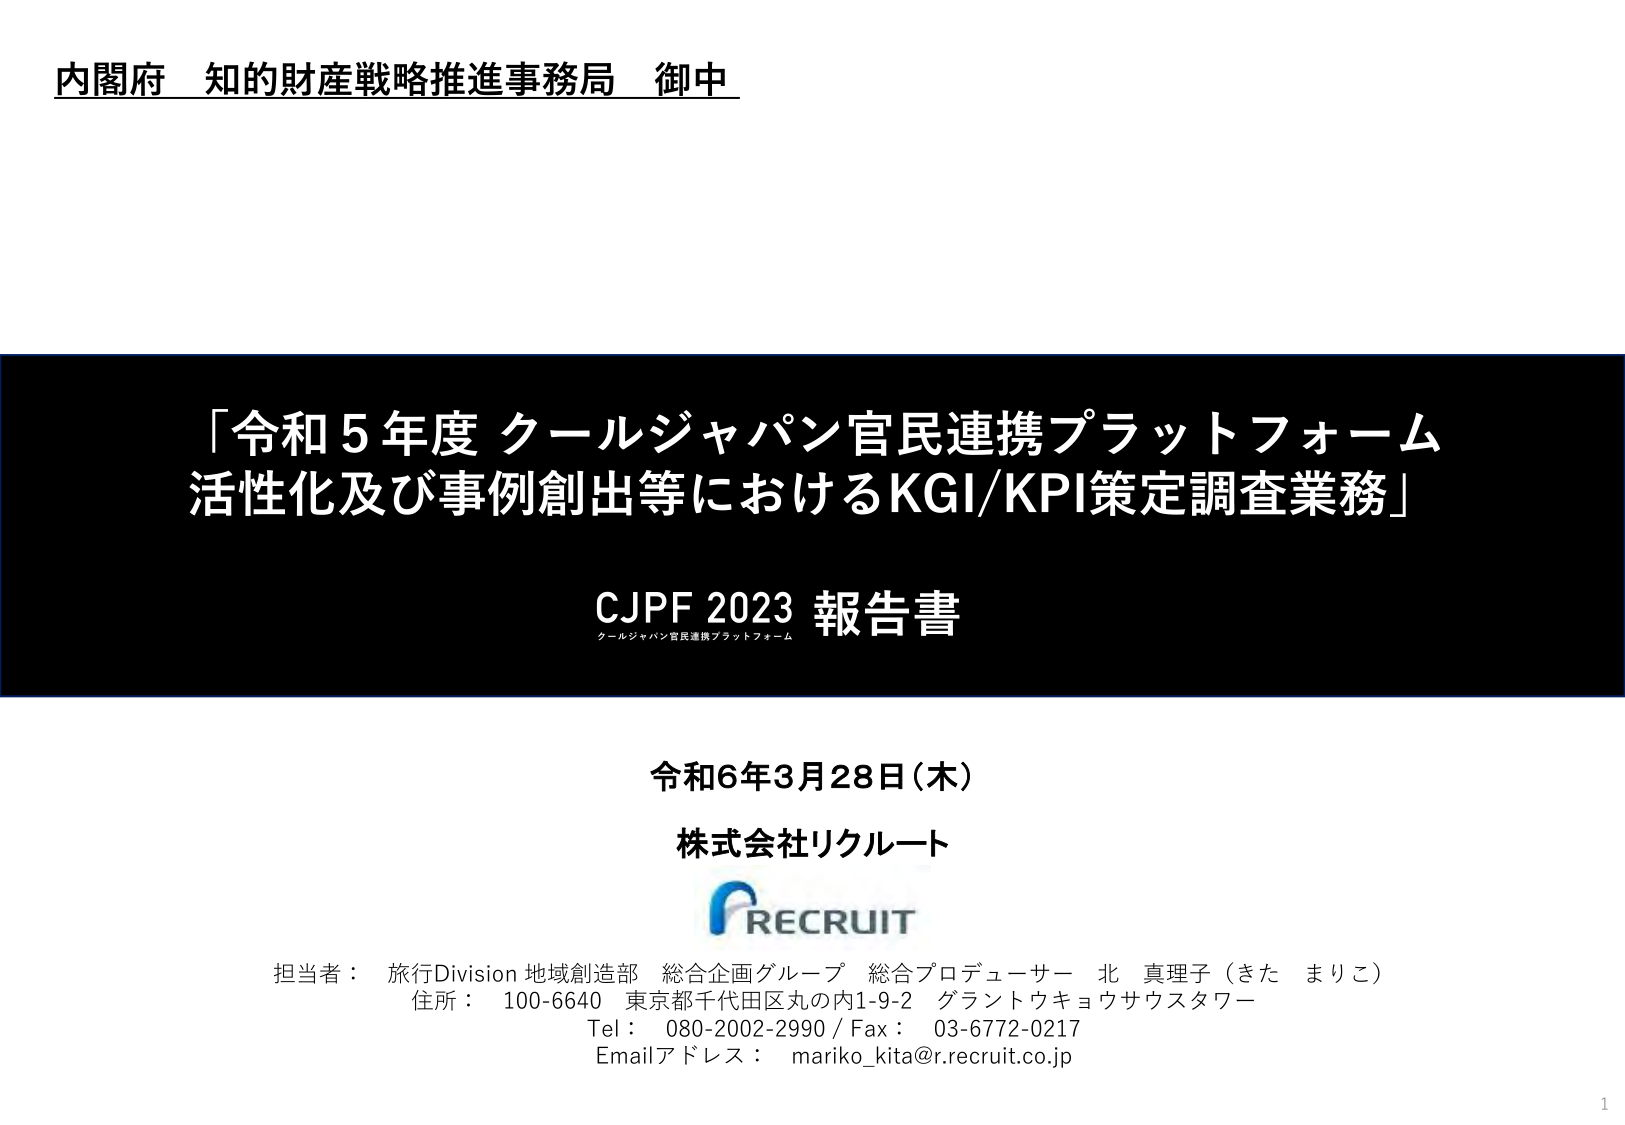
内閣府 知的財産戦略推進事務局 御中

「令和5年度 クールジャパン官民連携プラットフォーム
活性化及び事例創出等におけるKGI/KPI策定調査業務」

CJPF 2023 報告書
クールジャパン官民連携プラットフォーム

令和6年3月28日(木)
株式会社リクルート

RECRUIT

担当者： 旅行Division 地域創造部 総合企画グループ 総合プロデューサー 北 真理子（きた まりこ）
住所： 100-6640 東京都千代田区丸の内1-9-2 グラントウキョウサウスタワー
Tel： 080-2002-2990 / Fax： 03-6772-0217
Emailアドレス： mariko_kita@r.recruit.co.jp

1